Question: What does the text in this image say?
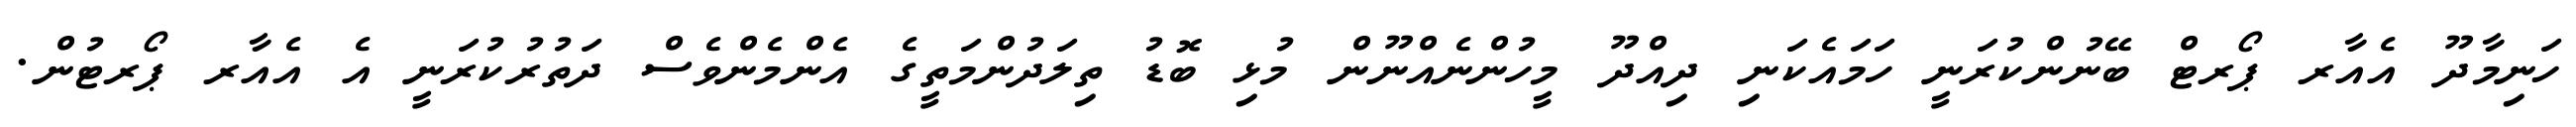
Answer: ހަނިމާދޫ އެއާރ ޕޯރޓް ބޭނުންކުރަނީ ހަމައެކަނި ދިއްދޫ މީހުންނެއްނޫން މުޅި ބޮޑު ތިލަދުންމަތީގެ އެންމެންވެސް ދަތުރުކުރަނީ އެ އެއާރ ޕޯރޓުން.